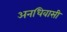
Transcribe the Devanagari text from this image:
अनधिवासी